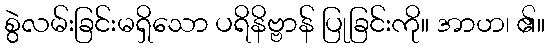
စွဲလမ်းခြင်းမရှိသော ပရိနိဗ္ဗာန် ပြုခြင်းကို။ အာဟ၊ ၏။